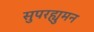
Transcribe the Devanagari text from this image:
सुपरह्युमन